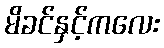
မိခင်နှင့်ကလေး